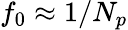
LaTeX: f_{0}\approx 1/N_{p}